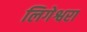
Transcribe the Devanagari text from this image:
लिगेश्वरा